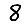
Digit: 8